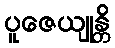
ပူဇေယျုန္တိ